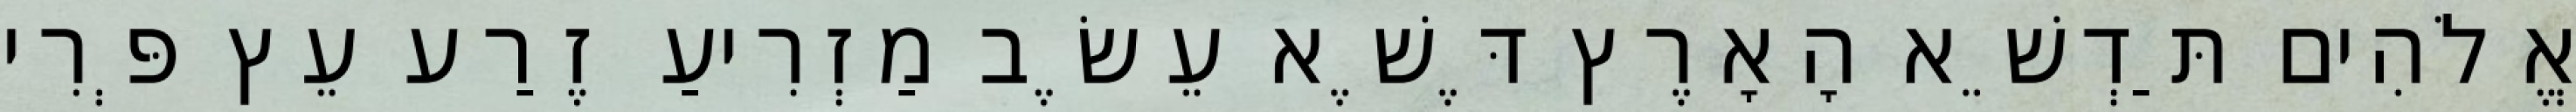
אֱלֹהִים תַּדְשֵׁא הָאָרֶץ דֶּשֶׁא עֵשֶׂב מַזְרִיעַ זֶרַע עֵץ פְּרִי